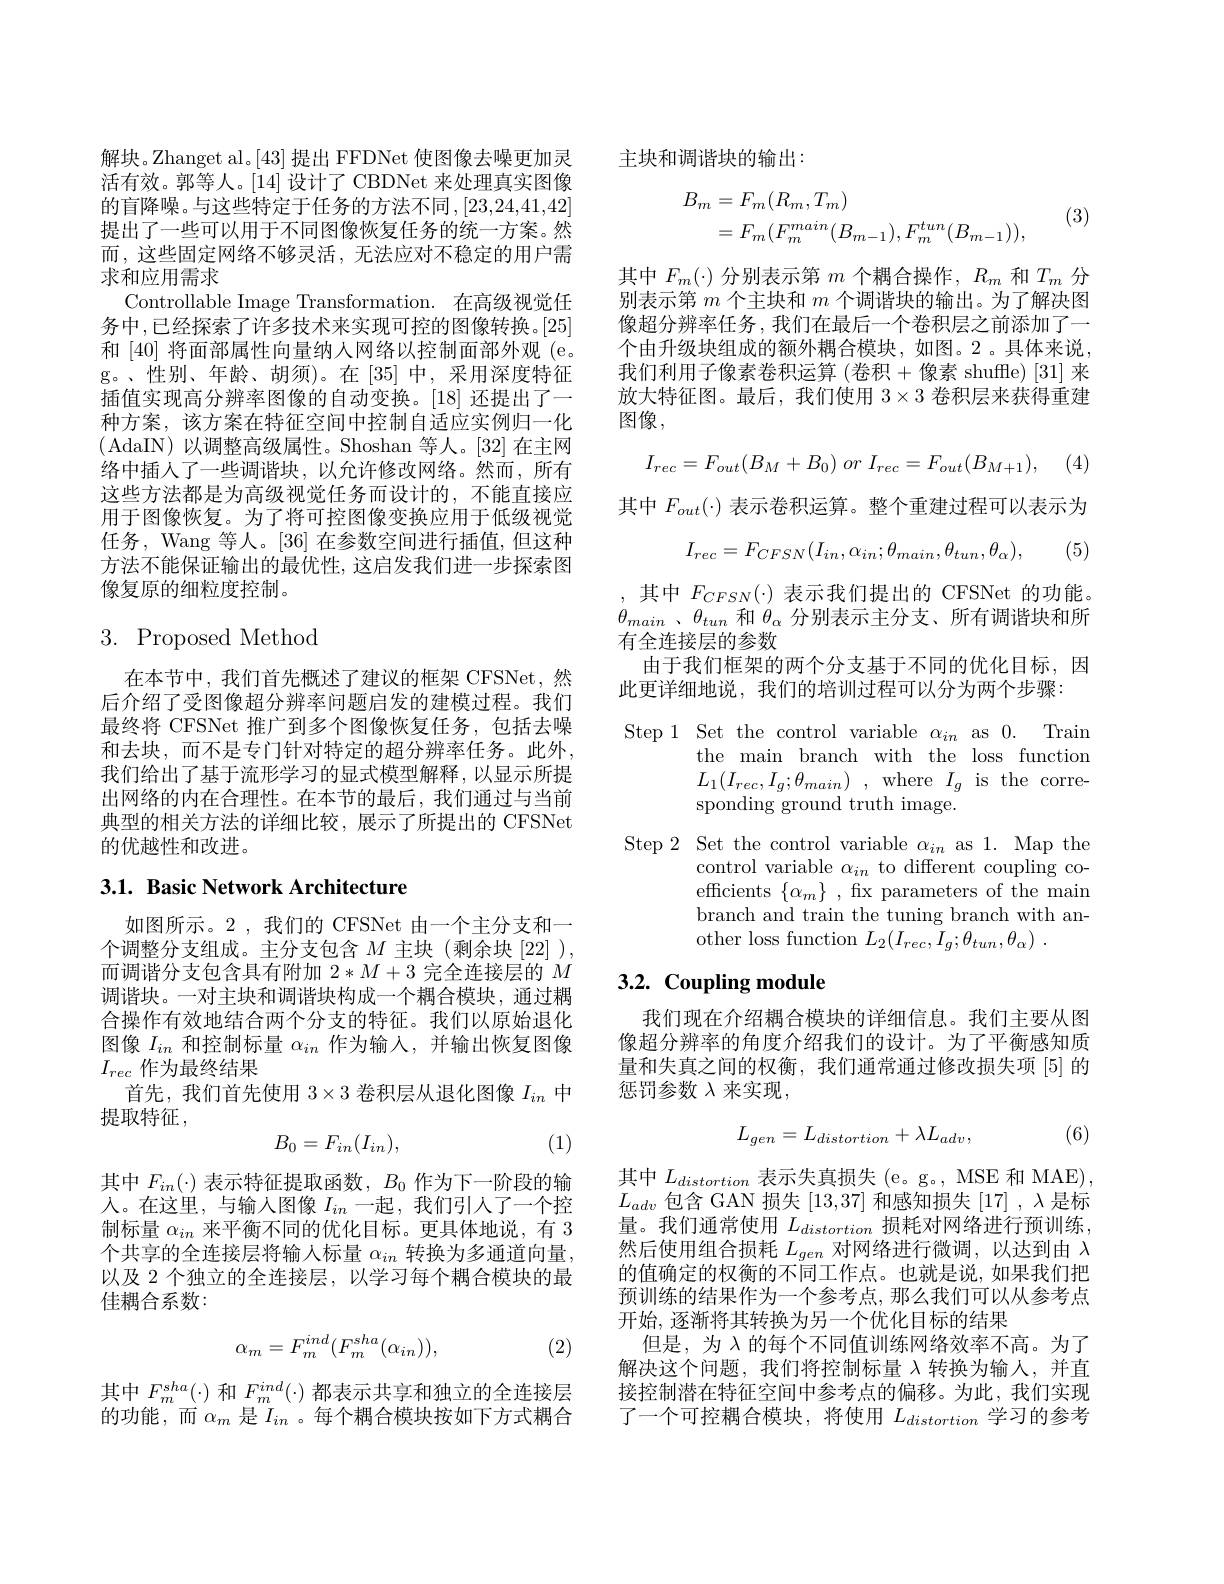
解块。Zhanget al。[43] 提出 FFDNet 使图像去噪更加灵活有效。郭等人。[14]设计了 CBDNet 来处理真实图像的盲降噪。与这些特定于任务的方法不同，[23,24,41,42] 提出了一些可以用于不同图像恢复任务的统一方案。然而，这些固定网络不够灵活，无法应对不稳定的用户需求和应用需求
Controllable Image Transformation. 在高级视觉任务中，已经探索了许多技术来实现可控的图像转换。[25] 和[40]将面部属性向量纳人网络以控制面部外观 (e。g。、性别、年龄、胡须)。在[35]中，采用深度特征插值实现高分辨率图像的自动变换。[18] 还提出了一种方案，该方案在特征空间中控制自适应实例归一化(AdaIN)以调整高级属性。Shoshan 等人。[32] 在主网络中插人了一些调谐块，以允许修改网络。然而，所有这些方法都是为高级视觉任务而设计的，不能直接应用于图像恢复。为了将可控图像变换应用于低级视觉任务，Wang 等人。[36] 在参数空间进行插值，但这种方法不能保证输出的最优性，这启发我们进一步探索图像复原的细粒度控制。

# 3. Proposed Method

在本节中，我们首先概述了建议的框架 CFSNet,然后介绍了受图像超分辨率问题启发的建模过程。我们最终将 CFSNet 推广到多个图像恢复任务，包括去噪和去块，而不是专门针对特定的超分辨率任务。此外， 我们给出了基于流形学习的显式模型解释，以显示所提出网络的内在合理性。在本节的最后，我们通过与当前典型的相关方法的详细比较，展示了所提出的 CFSNet 的优越性和改进。

## 3.1. Basic Network Architecture

如图所示。2 ,我们的 CFSNet 由一个主分支和一个调整分支组成。主分支包含$M$主块(剩余块[22]), 而调谐分支包含具有附加$2*M+3$完全连接层的$M$ 调谐块。一对主块和调谐块构成一个耦合模块，通过耦合操作有效地结合两个分支的特征。我们以原始退化图像$I_{in}$和控制标量$\alpha_in$作为输入，并输出恢复图像$I_{rec}$作为最终结果
首先，我们首先使用$3\times3$卷积层从退化图像$I_{in}$中
提取特征，
$$B_0=F_{in}(I_{in}),$$
(1)

其中$F_{in}(\cdot)$表示特征提取函数，$B_0$作为下一阶段的输人。在这里，与输入图像$I_{in}$一起，我们引人了一个控制标量$\alpha_{in}$来平衡不同的优化目标。更具体地说，有 3个共享的全连接层将输入标量$\alpha_in$转换为多通道向量， 以及 2 个独立的全连接层，以学习每个耦合模块的最佳耦合系数：
$$\alpha_m=F_m^{ind}(F_m^{sha}(\alpha_{in})),$$
(2)

其中$F_{m}^{sha}(\cdot)$和$F_{m}^{ind}(\cdot)$都表示共享和独立的全连接层的功能，而$\alpha_m$是$I_{in}$ 。每个耦合模块按如下方式耦合

主块和调谐块的输出：

(3)
$$\begin{aligned}B_{m}&=F_{m}(R_{m},T_{m})\\&=F_{m}(F_{m}^{main}(B_{m-1}),F_{m}^{tun}(B_{m-1})),\end{aligned}$$
其中$F_{m}(\cdot)$分别表示第$m$个耦合操作，$R_m$和$T_{m}$分别表示第$m$个主块和$m$个调谐块的输出。为了解决图像超分辨率任务，我们在最后一个卷积层之前添加了一个由升级块组成的额外耦合模块，如图。2。具体来说， 我们利用子像素卷积运算 (卷积+像素 shuffle)[31] 来放大特征图。最后，我们使用$3\times3$卷积层来获得重建图像，
$$I_{rec}=F_{out}(B_{M}+B_{0})\:or\:I_{rec}=F_{out}(B_{M+1}),$$
其中$F_{out}(\cdot)$表示卷积运算。整个重建过程可以表示为
$$I_{rec}=F_{CFSN}(I_{in},\alpha_{in};\theta_{main},\theta_{tun},\theta_{\alpha}),$$
(5)

,其中$F_CFSN(\cdot)$表示我们提出的 CFSNet 的功能。$\theta _{main}$ $、 \theta _{tun}$和$\theta_\alpha$分别表示主分支、所有调谐块和所有全连接层的参数
由于我们框架的两个分支基于不同的优化目标，因
此更详细地说，我们的培训过程可以分为两个步骤：

Step 1 Set the control variable $\alpha_{in}$ as 0. Train
the main branch with the loss function $L_{1}( I_{rec}, I_{g}; \theta _{main})$ ,where$I_{g}$ is the corresponding ground truth image.

Step 2 Set the control variable $\alpha_{in}$ as 1. Map the
control variable $\alpha_{in}$ to different coupling coefficients $\{\alpha_{m}\}$, fix parameters of the main branch and train the tuning branch with another loss function $L_2( I_{rec}, I_{g}; \theta _{tun}, \theta _{\alpha })$ .

## $3. 2. \textbf{Coupling module}$

我们现在介绍耦合模块的详细信息。我们主要从图像超分辨率的角度介绍我们的设计。为了平衡感知质量和失真之间的权衡，我们通常通过修改损失项[5]的惩罚参数$\lambda$来实现，
$$L_{gen}=L_{distortion}+\lambda L_{adv},$$
(6)

其中$L_distortion$表示失真损失 (e。g。, MSE 和 MAE), $L_{adv}$包含 GAN 损失[13,37]和感知损失[17] ,$\lambda$是标量。我们通常使用$L_distortion$损耗对网络进行预训练， 然后使用组合损耗$L_gen$对网络进行微调，以达到由$\lambda$ 的值确定的权衡的不同工作点。也就是说，如果我们把预训练的结果作为一个参考点，那么我们可以从参考点开始，逐渐将其转换为另一个优化目标的结果
但是，为$\lambda$的每个不同值训练网络效率不高。为了解决这个问题，我们将控制标量$\lambda$转换为输人，并直接控制潜在特征空间中参考点的偏移。为此，我们实现了一个可控耦合模块，将使用$L_distortion$学习的参考